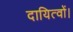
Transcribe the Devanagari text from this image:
दायित्वों।